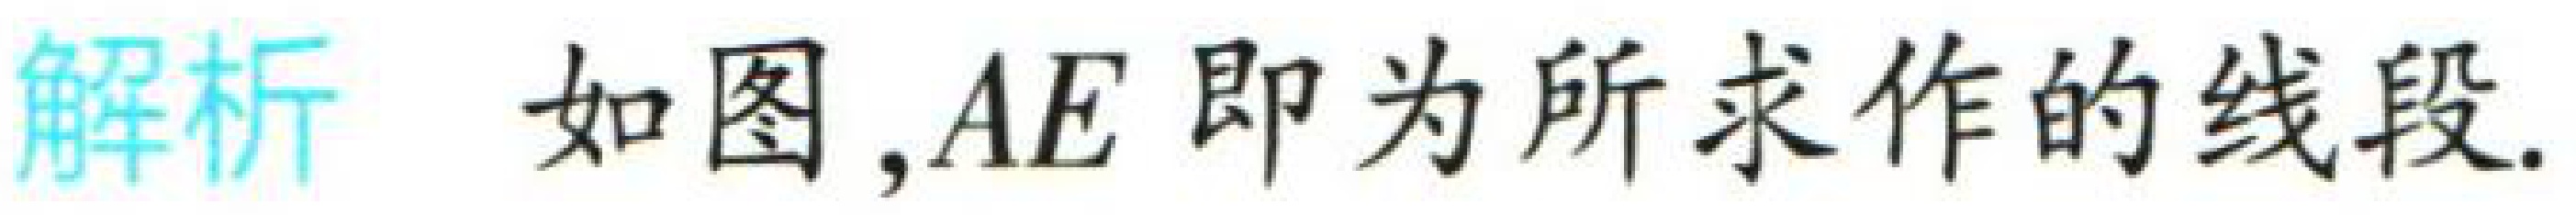
解析 如图,$AE$即为所求作的线段.